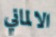
الالماني